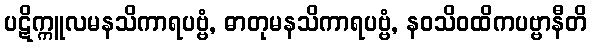
ပဋိက္ကူလမနသိကာရပဗ္ဗံ, ဓာတုမနသိကာရပဗ္ဗံ, နဝသိဝထိကပဗ္ဗာနီတိ